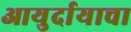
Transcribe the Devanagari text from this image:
आयुर्दायाचा